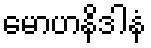
မောဟနိဒါနံ